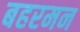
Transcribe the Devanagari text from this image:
बहरमन